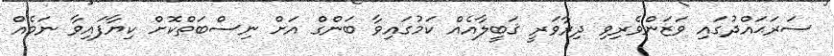
ސަރަޙައްދުގައި ވަޒަންވެރިވި ދިރާވަރީ ޤަބީލާއެއް ކަމުގައިވާ ބަންގް އަށް ނިސްބަތްކޮށް ކިޔާފައިވާ ނަމެއް